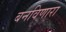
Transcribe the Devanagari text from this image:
बनविणारा